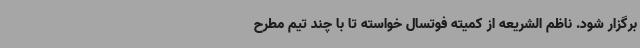
برگزار شود. ناظم الشریعه از کمیته فوتسال خواسته تا با چند تیم مطرح